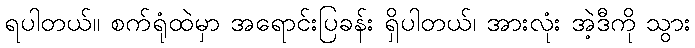
ရပါတယ်။ စက်ရုံထဲမှာ အရောင်းပြခန်း ရှိပါတယ်၊ အားလုံး အဲ့ဒီကို သွား